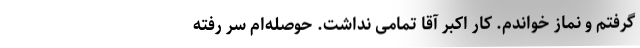
گرفتم و نماز خواندم. کار اکبر آقا تمامی نداشت. حوصله‌ام سر رفته‌